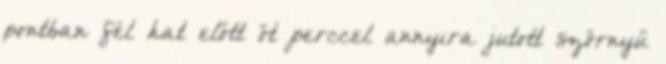
pontban fél hat előtt öt perccel annyira jutott szörnyű